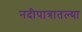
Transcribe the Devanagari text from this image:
नदीपात्रातल्या